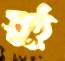
সুষ্ঠু